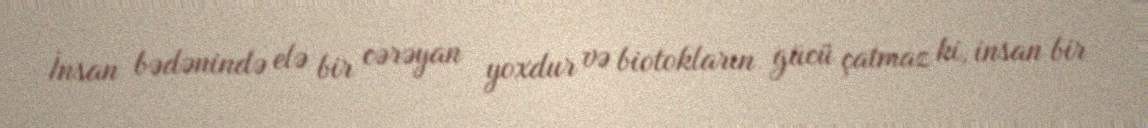
İnsan bədənində elə bir cərəyan yoxdur və biotokların gücü çatmaz ki, insan bir